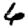
Digit: 6